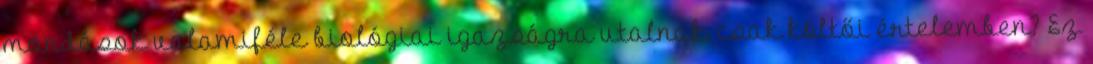
mondások valamiféle biológiai igazságra utalnak, csak költői értelemben? Ez